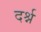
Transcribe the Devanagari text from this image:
दर्श्न